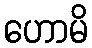
ဟောမိ